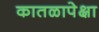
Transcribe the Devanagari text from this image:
कातळापेक्षा